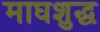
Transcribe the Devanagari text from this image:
माघशुद्ध